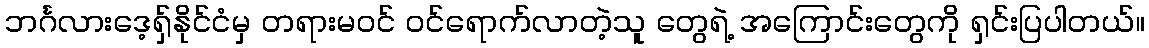
ဘင်္ဂလားဒေ့ရှ်နိုင်ငံမှ တရားမဝင် ဝင်ရောက်လာတဲ့သူ တွေရဲ့ အကြောင်းတွေကို ရှင်းပြပါတယ်။